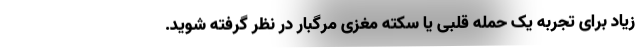
زیاد برای تجربه یک حمله قلبی یا سکته مغزی مرگبار در نظر گرفته شوید.